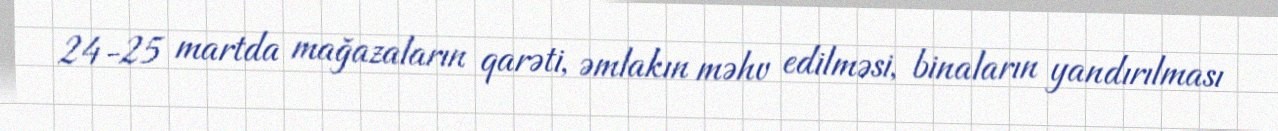
24-25 martda mağazaların qarəti, əmlakın məhv edilməsi, binaların yandırılması